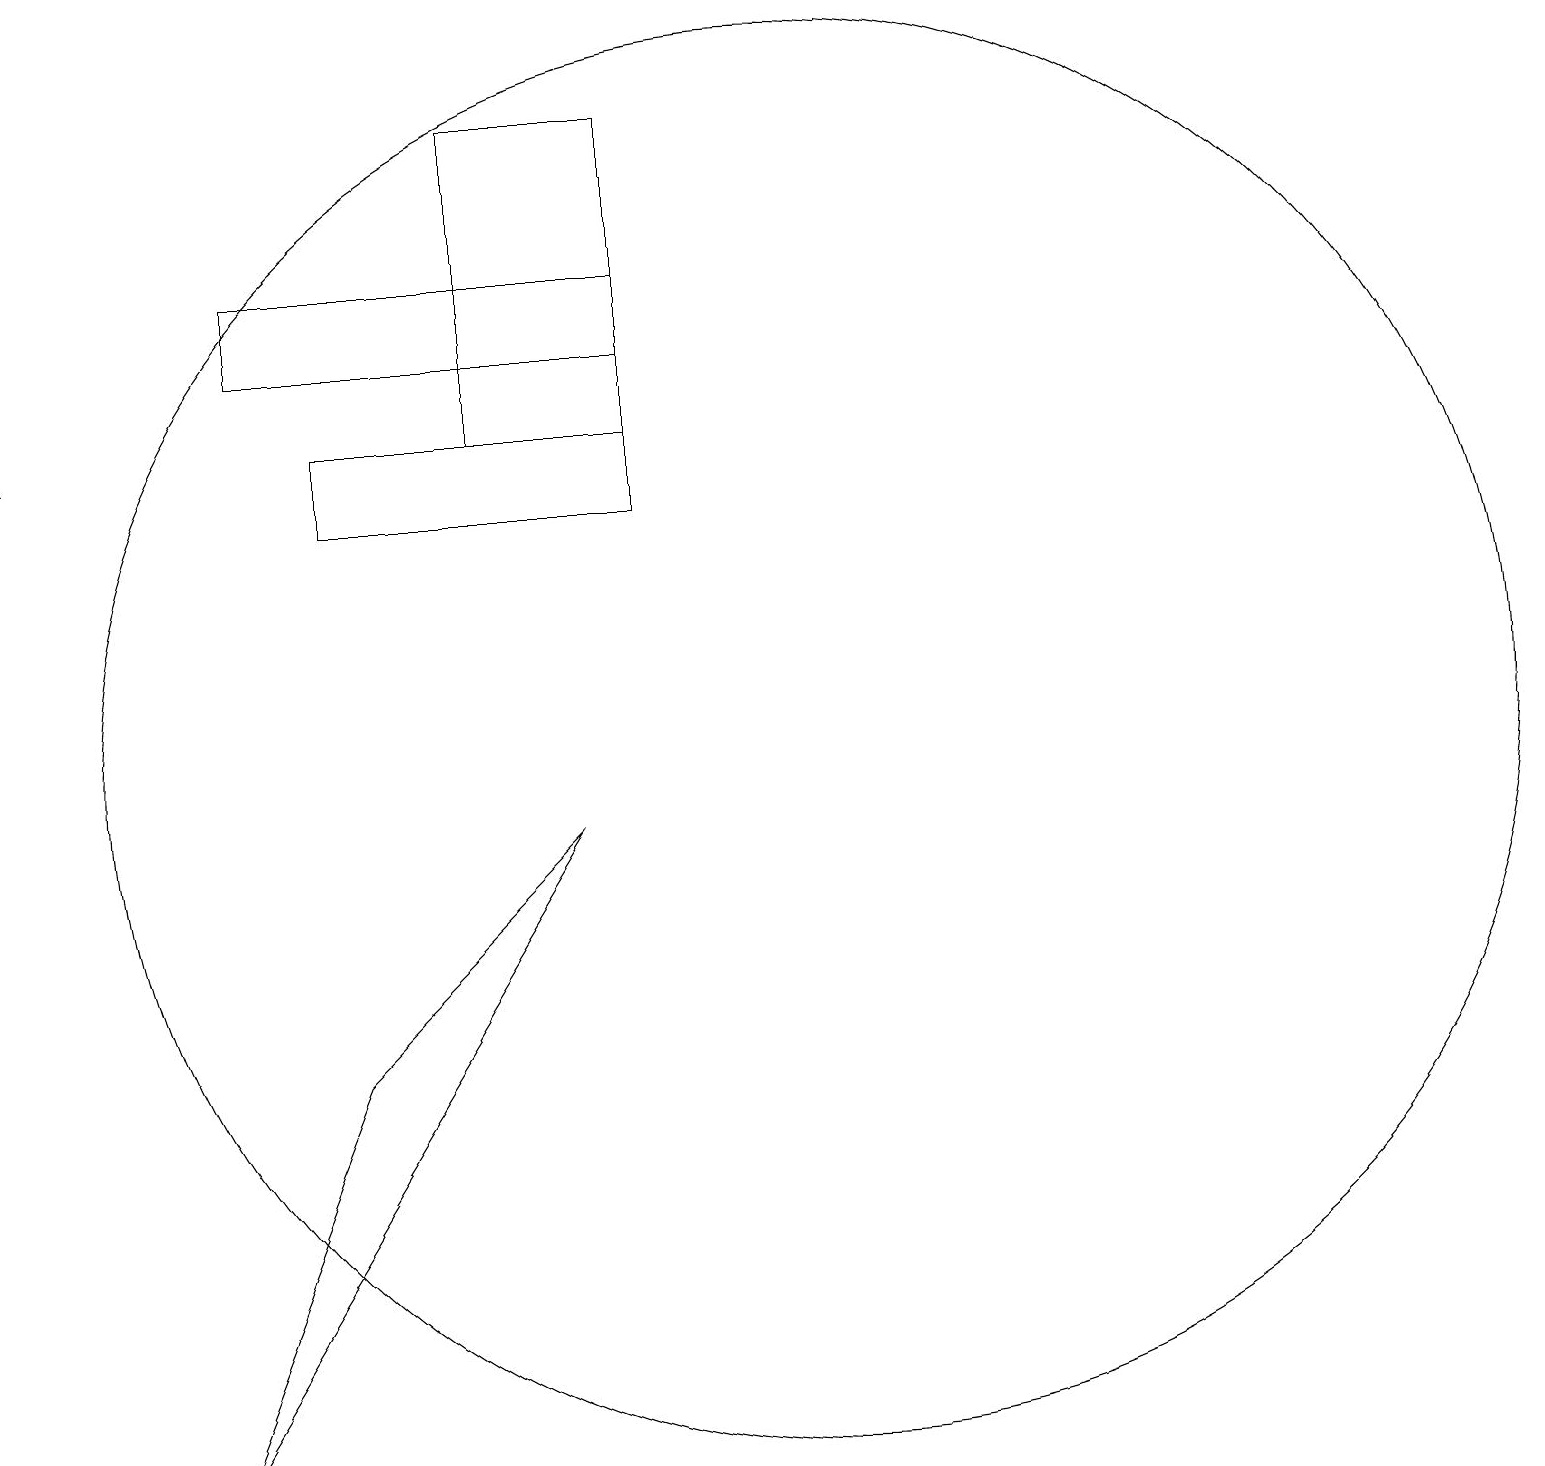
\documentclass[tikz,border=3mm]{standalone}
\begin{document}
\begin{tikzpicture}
\draw (9,18) rectangle (7,14);
\draw (10,11) circle (0);
\draw[->] (1,14) -- (1,14);
\draw (5,13) rectangle (9,14);
\draw (4,16) rectangle (9,15);
\draw (5,6) -- (3,1) -- (8,9) -- cycle;
\draw (11,10) circle (9);
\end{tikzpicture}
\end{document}